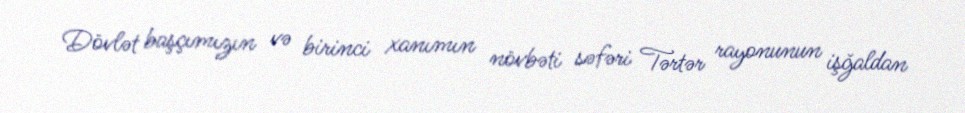
Dövlət başçımızın və birinci xanımın növbəti səfəri Tərtər rayonunun işğaldan